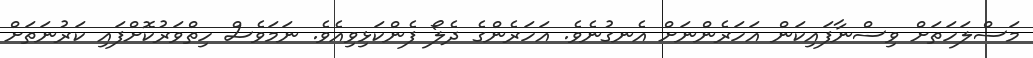
މަސްލަހަތަށް ވިސްނާފައިކަން އަހަރެންނަށް އެނގުނެވެ. އަހަރެންގެ ދެލޯ ފެންކަޅިވިއެވެ. ނަމަވެސް ހިތްވަރުކޮށްފައި ކަރުނަތަށް